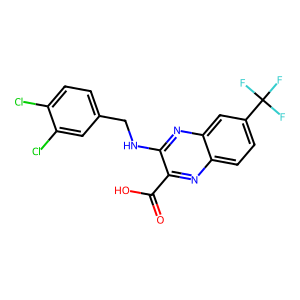
SMILES: O=C(O)c1nc2ccc(C(F)(F)F)cc2nc1NCc1ccc(Cl)c(Cl)c1
Inhibits HIV replication: No